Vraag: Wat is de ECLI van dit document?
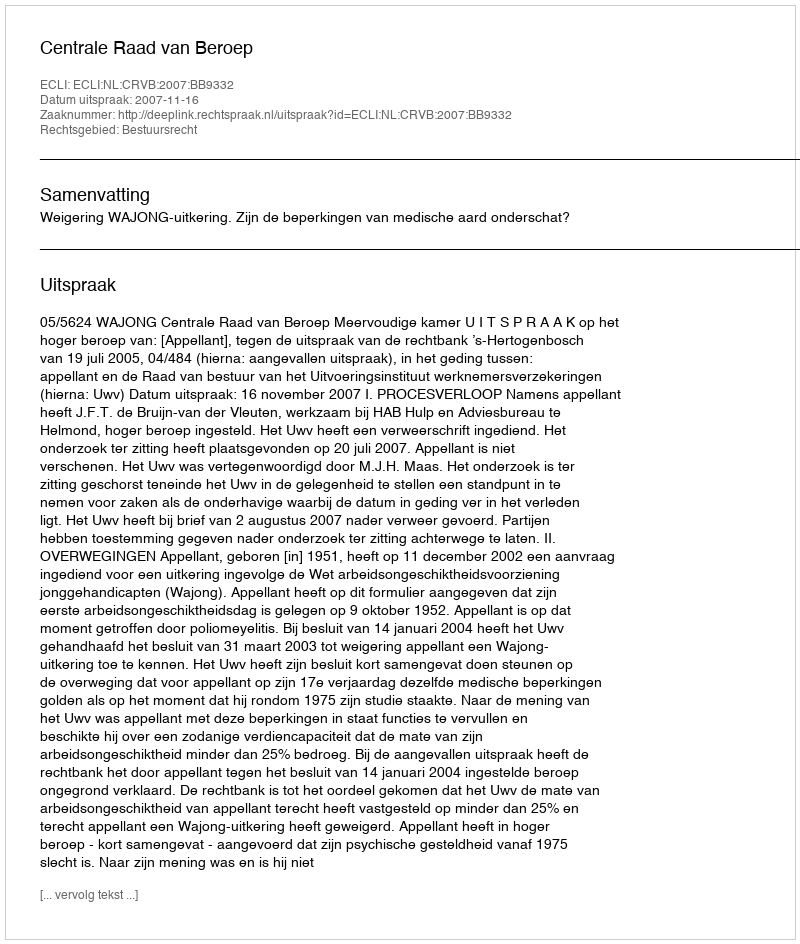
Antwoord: ECLI:NL:CRVB:2007:BB9332